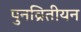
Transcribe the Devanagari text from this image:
पुनव्रितीयन